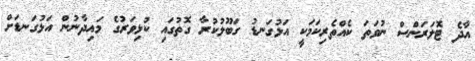
އާދެ ޓޮލަރަންސް ނުވަތަ ކެއްތެރިކަމަކީ އަޅުގަނޑު ގަބޫލުކުރާ ގޮތުގައި ކުޅިވަރުގެ މައިދާނުން އަޅުގަނޑަށް